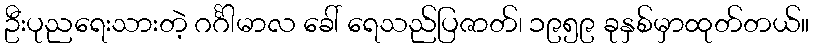
ဦးပုညရေးသားတဲ့ ဂင်္ဂါမာလ ခေါ် ရေသည်ပြဇာတ်၊ ၁၉၅၉ ခုနှစ်မှာထုတ်တယ်။